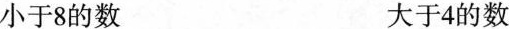
小于8的数 大于4的数